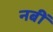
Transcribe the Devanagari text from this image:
नबीं